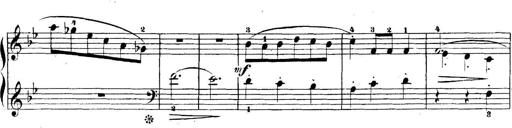
Title: 5 Sonatinas
Composer: Theodor Kirchner